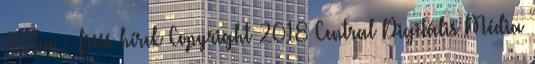
24.hu - friss hírek Copyright 2018 Central Digitális Média